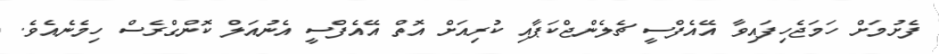
ފެށުމަށް ހަމަޖެހިފައިވާ އޭއެފްސީ ޗެލެންޖްކަޕާއި ކުރިއަށް އޮތް އޭއެފްސީ އެނުއަލް ކޮންގްރެސް ހިމެނެއެވެ.